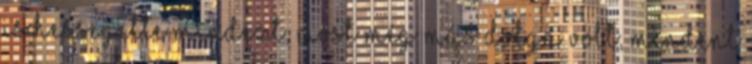
is hessegette mindezt, most még más dolga volt, mindent